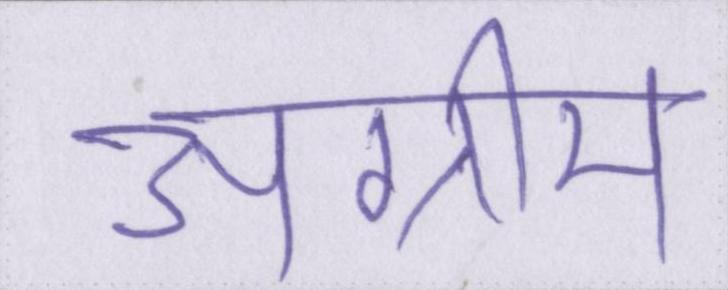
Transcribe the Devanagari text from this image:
अग्रीम